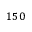
1 5 0